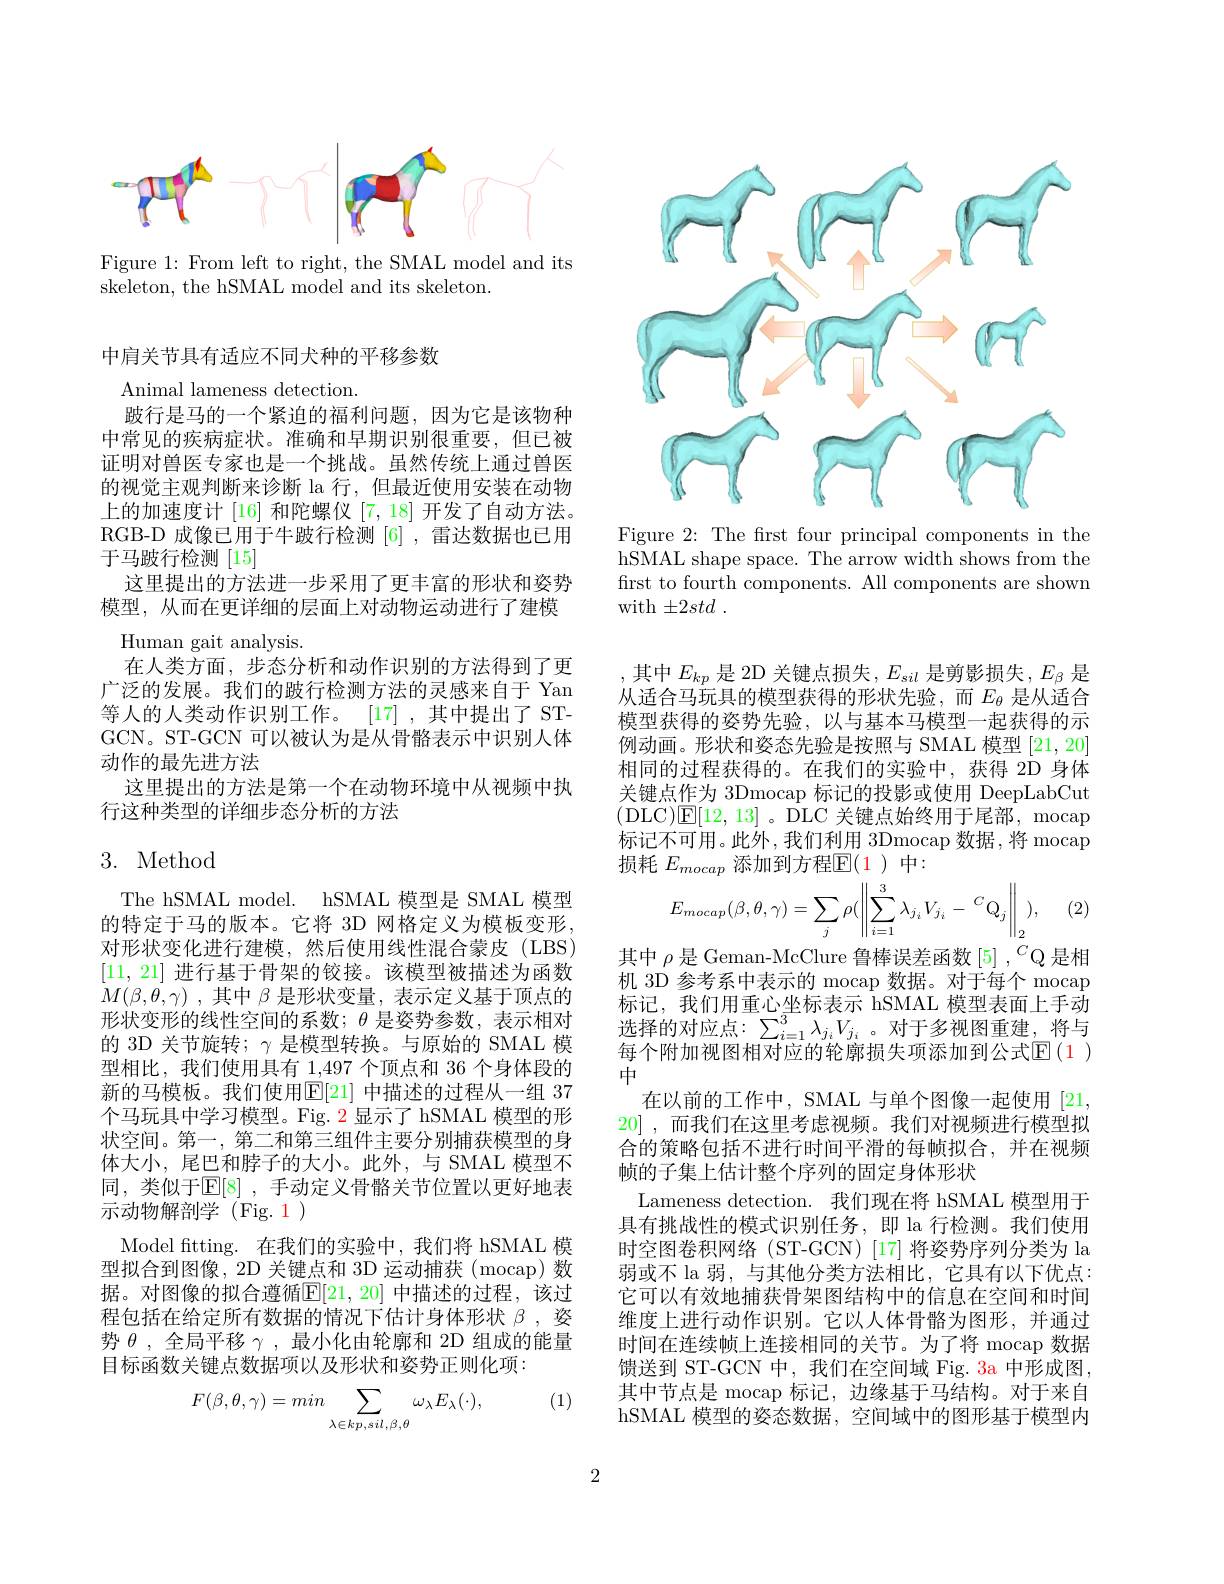
<FigureHere>

Figure 1: From left to right, the SMAL model and its
skeleton, the hSMAL model and its skeleton.

中肩关节具有适应不同犬种的平移参数
Animal lameness detection.
跛行是马的一个紧迫的福利问题，因为它是该物种中常见的疾病症状。准确和早期识别很重要，但已被证明对兽医专家也是一个挑战。虽然传统上通过兽医的视觉主观判断来诊断 la 行，但最近使用安装在动物上的加速度计[16] 和陀螺仪[7,18] 开发了自动方法。RGB-D 成像已用于牛跛行检测[6] ,雷达数据也已用于马跛行检测[15]
这里提出的方法进一步采用了更丰富的形状和姿势模型，从而在更详细的层面上对动物运动进行了建模
Human gait analysis.
在人类方面，步态分析和动作识别的方法得到了更广泛的发展。我们的跛行检测方法的灵感来自于 Yan 等人的人类动作识别工作。[17] ,其中提出了 STGCN。ST-GCN 可以被认为是从骨骼表示中识别人体动作的最先进方法
这里提出的方法是第一个在动物环境中从视频中执
行这种类型的详细步态分析的方法

## 3. Method

The hSMAL model. hSMAL 模型是 SMAL 模型的特定于马的版本。它将 3D 网格定义为模板变形， 对形状变化进行建模，然后使用线性混合蒙皮(LBS) [11,21]进行基于骨架的铰接。该模型被描述为函数$\dot{M} ( \beta , \dot{\theta } , \gamma )$ , 其中 $\beta$ 是形状变量，表示定义基于顶点的形状变形的线性空间的系数；$\theta$是姿势参数，表示相对的 3D 关节旋转；$\gamma$是模型转换。与原始的 SMAL 模型相比，我们使用具有 1,497 个顶点和 36 个身体段的新的马模板。我们使用$\mathbb{E}[21]$ 中描述的过程从一组 37个马玩具中学习模型。Fig. 2 显示了 hSMAL 模型的形状空间。第一 , 第二和第三组件主要分别捕获模型的身体大小，尾巴和脖子的大小。此外，与 SMAL 模型不同，类似于$\mathbb{E}[8]$ ,手动定义骨骼关节位置以更好地表示动物解剖学(Fig.1)
Model ftting. 在我们的实验中，我们将 hSMAL 模型拟合到图像，2D 关键点和 3D 运动捕获 (mocap) 数据。对图像的拟合遵循$\mathbb{E}[21,20]$ 中描述的过程，该过程包括在给定所有数据的情况下估计身体形状$\beta$,姿势$\theta$ ,全局平移$\gamma$ ,最小化由轮廓和 2D 组成的能量目标函数关键点数据项以及形状和姿势正则化项：

(1)
$$F(\beta,\theta,\gamma)=min\sum_{\lambda\in kp,sil,\beta,\theta}\omega_{\lambda}E_{\lambda}(\cdot),$$
<FigureHere>

Figure 2: The frst four principal components in the hSMAL shape space. The arrow width shows from the frst to fourth components. All components are shown with $\pm 2std$ .

,其中$E_kp$ 是 2D 关键点损失$,E_sil$ 是剪影损失$,E_\beta$ 是从适合马玩具的模型获得的形状先验，而$E_\mathrm{\theta}$ 是从适合模型获得的姿势先验，以与基本马模型一起获得的示例动画。形状和姿态先验是按照与 SMAL 模型[21,20] 相同的过程获得的。在我们的实验中，获得 2D 身体关键点作为 3Dmocap 标记的投影或使用 DeepLabCut (DLC)E[12, 13]。DLC 关键点始终用于尾部，mocap 标记不可用。此外，我们利用 3Dmocap 数据 ,将 mocap 损耗$E_{mocap}$添加到方程$\mathbb{E}(1)$中：

(2)
$$E_{mocap}(\beta,\theta,\gamma)=\sum_{j}\rho(\left\|\sum_{i=1}^{3}\lambda_{j_{i}}V_{j_{i}}-{}^{C}Q_{j}\right\|_{2}),$$
其中$\rho$是 Geman-McClure 鲁棒误差函数 [5] , $^{C}$Q 是相机 3D 参考系中表示的 mocap 数据。对于每个 mocap 标记，我们用重心坐标表示 hSMAL 模型表面上手动选择的对应点$:\sum_i=1^3\lambda_{j_i}V_{j_i}$。对于多视图重建，将与每个附加视图相对应的轮廓损失项添加到公式$\mathbb{E}(\color{red}{1})$ 中
在以前的工作中，SMAL 与单个图像一起使用 [21, 20] ,而我们在这里考虑视频。我们对视频进行模型拟合的策略包括不进行时间平滑的每帧拟合，并在视频帧的子集上估计整个序列的固定身体形状
Lameness detection. 我们现在将 hSMAL 模型用于具有挑战性的模式识别任务，即 la 行检测。我们使用时空图卷积网络 (ST-GCN) [17] 将姿势序列分类为 la 弱或不 la 弱，与其他分类方法相比，它具有以下优点： 它可以有效地捕获骨架图结构中的信息在空间和时间维度上进行动作识别。它以人体骨骼为图形，并通过时间在连续帧上连接相同的关节。为了将 mocap 数据馈送到 ST-GCN 中，我们在空间域 Fig. 3a 中形成图， 其中节点是 mocap 标记，边缘基于马结构。对于来自hSMAL 模型的姿态数据，空间域中的图形基于模型内

2